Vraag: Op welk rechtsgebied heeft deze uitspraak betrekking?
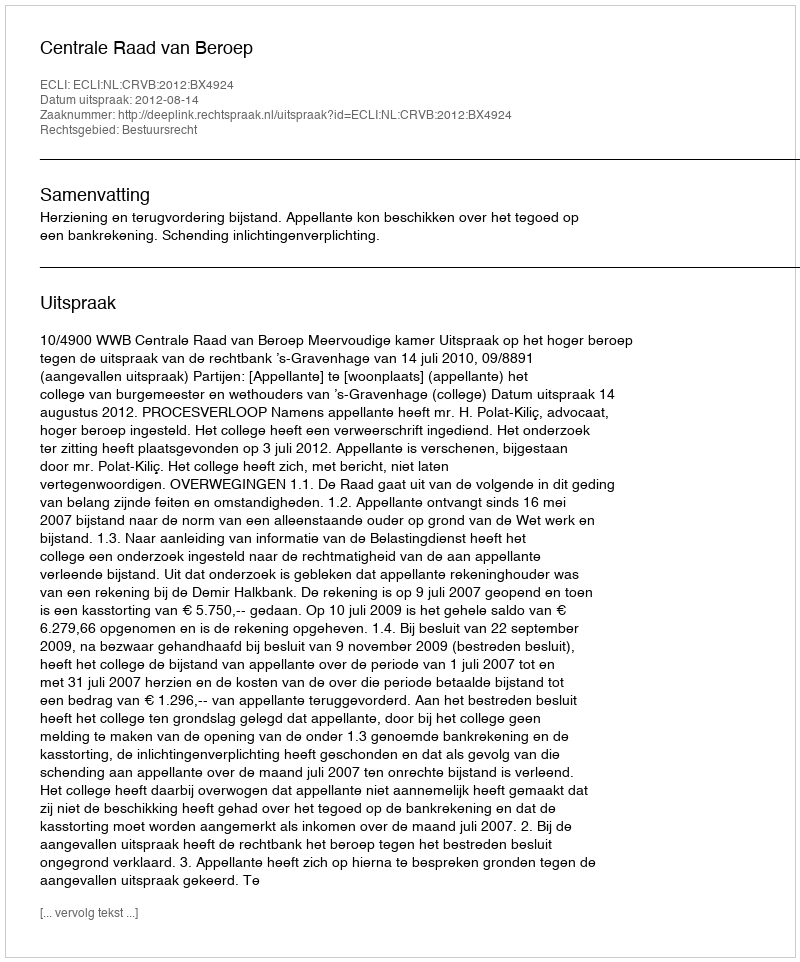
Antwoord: Bestuursrecht